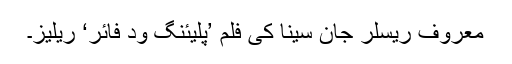
معروف ریسلر جان سینا کی فلم ’پلیئنگ ود فائر‘ ریلیز۔